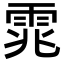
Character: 雿